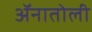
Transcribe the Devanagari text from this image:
ॲनातोली